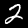
Label: 2